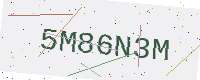
Text: 5M86N3M